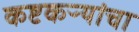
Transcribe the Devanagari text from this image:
कष्टकऱ्यांचा